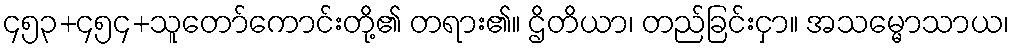
၄၅၃+၄၅၄+သူတော်ကောင်းတို့၏ တရား၏။ ဌိတိယာ၊ တည်ခြင်းငှာ။ အသမ္မောသာယ၊